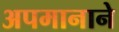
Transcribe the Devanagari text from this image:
अपमानाने